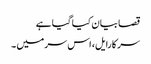
قصا بیان کیا گیا ہے
سر کارایل، اس سر میں ۔